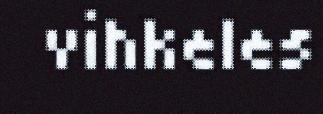
vihkeles